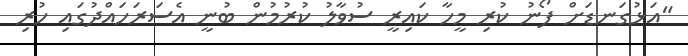
"އަޅުގަނޑަށް ފޯނު ކުރި މީހާ ކައިރީ ސުވާލު ކުރުމުން ބުނީ އެސަރަހައްދުގައި ހުރި